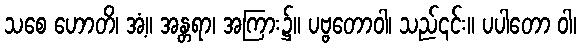
သစေ ဟောတိ၊ အံ့။ အန္တရာ၊ အကြား၌။ ပဗ္ဗတောဝါ၊ သည်၎င်း။ ပပါတော ဝါ၊